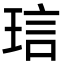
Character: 琂